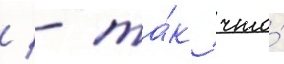
/ - та́к что́